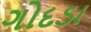
ગોદડા